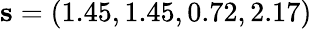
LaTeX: \mathbf{s}=(1.45,1.45,0.72,2.17)